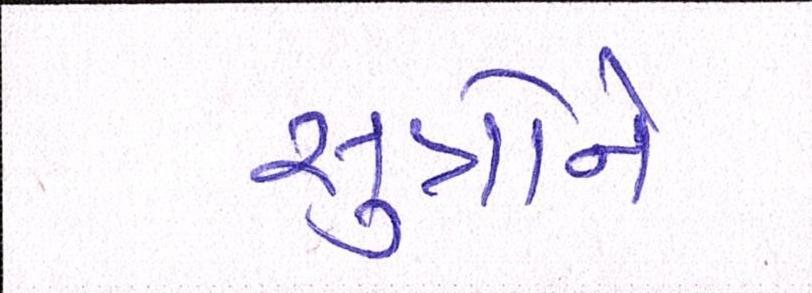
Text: સુત્રોને